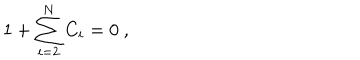
LaTeX: 1 + \sum _ { i = 2 } ^ { N } C _ { i } = 0 \ ,